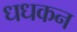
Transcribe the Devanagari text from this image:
धधकन